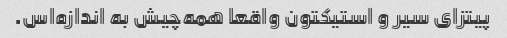
پیتزای سیر و استیکتون واقعا همه‌چیش به اندازه‌اس.